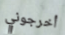
أخرجوني